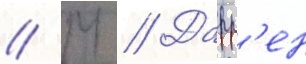
// М // Дарр'ен